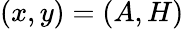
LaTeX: (x,y)=(A,H)